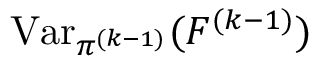
\operatorname { V a r } _ { \pi ^ { ( k - 1 ) } } ( F ^ { ( k - 1 ) } )